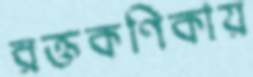
রক্তকণিকায়